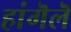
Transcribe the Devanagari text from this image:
हांगॆलॆ